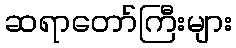
ဆရာတော်ကြီးများ